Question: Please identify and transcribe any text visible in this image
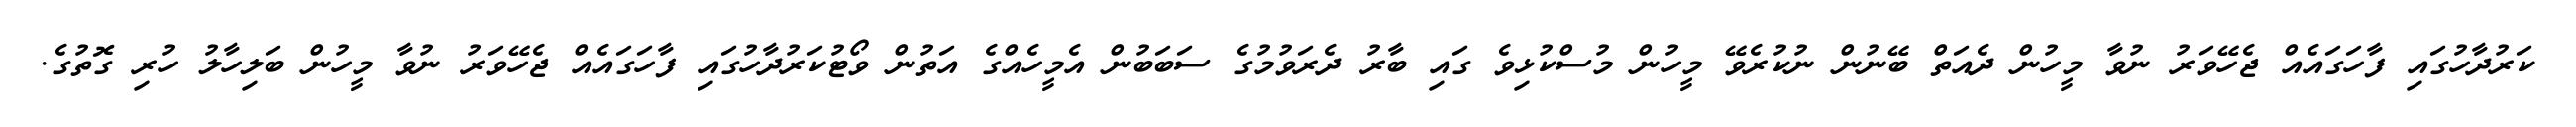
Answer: ކަރުދާހުގައި ފާހަގައެއް ޖެހޭވަރު ނުވާ މީހުން ދެއަތް ބޭނުން ނުކުރެވޭ މީހުން މުސްކުޅިވެ ގައި ބާރު ދެރަވުމުގެ ސަބަބުން އެމީހެއްގެ އަތުން ވޯޓުކަރުދާހުގައި ފާހަގައެއް ޖެހޭވަރު ނުވާ މީހުން ބަލިހާލު ހުރި ގޮތުގެ.